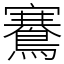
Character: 鶱